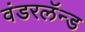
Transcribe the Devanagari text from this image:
वंडरलॅन्ड